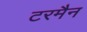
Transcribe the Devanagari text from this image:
टरमैन